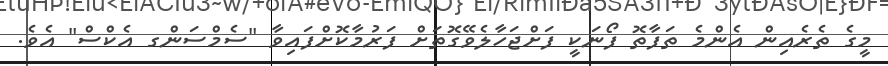
މީގެ ތެރެއިން އެންމެ ތަފާތޮ ފޯނަކީ ފަށްޖަހާލެވޭގޮތަށް ފަރުމާކޮށްފައިވާ "ސެމްސަންގ އެކްސް" އެވެ.